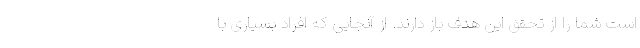
است شما را از تحقق این هدف باز دارند. از آنجایی که افراد بسیاری با